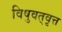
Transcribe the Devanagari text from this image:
विषुवत्‌वृत्त